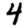
Digit: 4